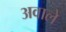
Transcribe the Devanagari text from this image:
अवाले